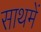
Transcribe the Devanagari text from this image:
साथमें